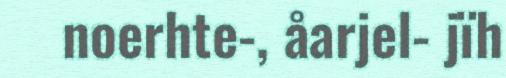
noerhte-, åarjel- jïh